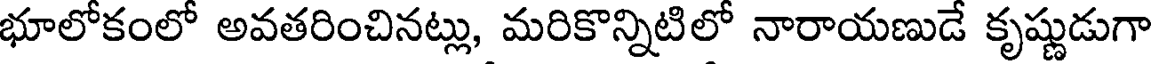
భూలోకంలో అవతరించినట్లు, మరికొన్నిటిలో నారాయణుడే కృష్ణుడుగా